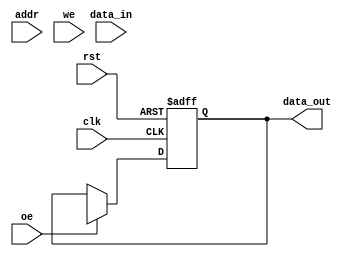
module MultiBankSRAM #(
    parameter N_BANKS = 4,      // Number of banks
    parameter ADDR_WIDTH = 8,    // Address width
    parameter DATA_WIDTH = 8,     // Data width
    parameter ROWS = 16,          // Number of rows per bank
    parameter COLS = 16           // Number of columns per bank
)(
    input wire clk,
    input wire rst,
    input wire [ADDR_WIDTH-1:0] addr, // Address input
    input wire [DATA_WIDTH-1:0] data_in, // Data input
    input wire we,                     // Write enable
    input wire oe,                     // Output enable
    output reg [DATA_WIDTH-1:0] data_out // Data output
);

    // Memory bank declaration
    reg [DATA_WIDTH-1:0] memory [0:N_BANKS-1][0:ROWS-1][0:COLS-1];

    // Address decoding
    wire [$clog2(N_BANKS)-1:0] bank_sel = addr[ADDR_WIDTH-1:$clog2(ROWS*COLS)];
    wire [$clog2(ROWS)-1:0] row_sel = addr[$clog2(ROWS*COLS)-1:0];
    wire [$clog2(COLS)-1:0] col_sel = addr[$clog2(COLS)-1:0];

    // Write operation
    always @(posedge clk or posedge rst) begin
        if (rst) begin
            // Reset logic if needed
        end else if (we) begin
            memory[bank_sel][row_sel][col_sel] <= data_in; // Write data
        end
    end

    // Read operation
    always @(posedge clk or posedge rst) begin
        if (rst) begin
            data_out <= 0; // Reset output
        end else if (oe) begin
            data_out <= memory[bank_sel][row_sel][col_sel]; // Read data
        end
    end

endmodule